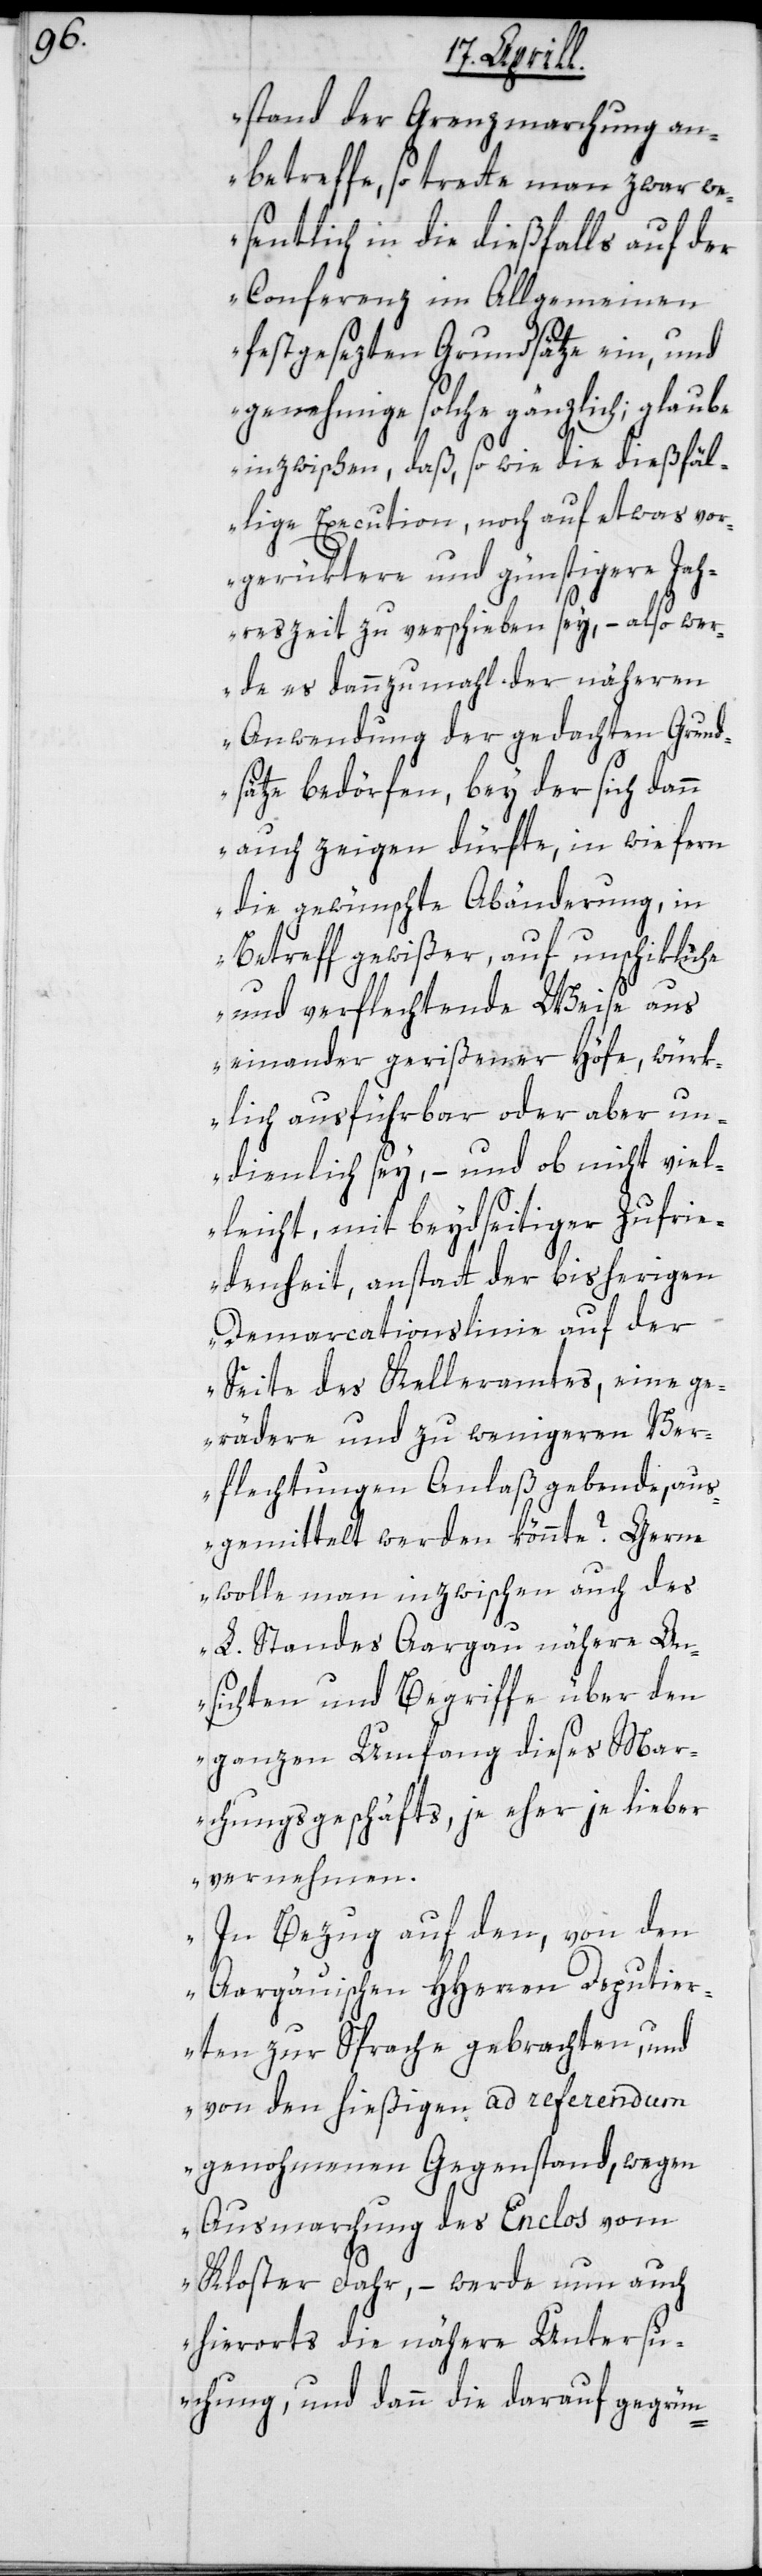
stand der Grenzmarchung an¬
betreffe, so trette man zwar w¬
esentlich in die dießfalls auf der
Conferenz im Allgemeinen
festgesezten Grundsätze ein, und
genehmige solche gänzlich; glaube
inzwischen, daß so wie die dießfä¬
llige Execution noch auf etwas vor¬
gerüktere und günstigere Jah¬
reszeit zu verschieben sey, – also wer¬
de es dannzumahl der näheren
Anwendung der gedachten Grund¬
sätze bedörfen, bey der sich dann
auch zeigen dürfte, in wiefern
die gewünschte Abänderung, in
Betreff gewißer, auf unschikliche
und verflechtende Weise aus¬
einander gerißener Höfe, würk¬
lich ausführbar oder aber un¬
dienlich sey, – und ob nicht viel¬
leicht, mit beydseitiger Zufrie¬
denheit, anstatt der bisherigen
Demarcationslinie auf der
Seite des Kelleramtes, eine ge¬
rädere und zu wenigeren Ver¬
flechtungen Anlaß gebende, aus¬
gemittelt werden könnte? Gern¬
e wolle man inzwischen auch des
L. Standes Aargau nähere An¬
sichten und Begriffe über den
ganzen Umfang dieses Mar¬
chungsgeschäfts, je eher je lieber
vernehmen.
In Bezug auf den, von den
Aargauischen HHerren Deputier¬
ten zur Sprache gebrachten, und
von den hießigen ad referendum
genohmenen Gegenstand, wegen
Ausmarchung des Enclos vom
Kloster Fahr, – werde nun auch
hierorts die nähere Untersu¬
chung, und dann die darauf gegrün-